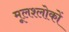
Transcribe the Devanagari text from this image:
मूलश्लोकों